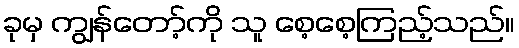
ခုမှ ကျွန်တော့်ကို သူ စေ့စေ့ကြည့်သည်။